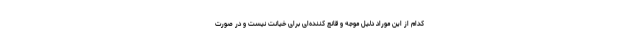
کدام از این موراد دلیل موجه و قانع کننده‌ای برای خیانت نیست و در صورت